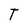
Character: T